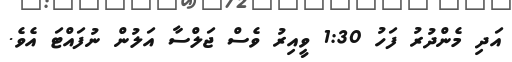
އަދި މެންދުރު ފަހު 1:30 ވީއިރު ވެސް ޖަލްސާ އަލުން ނުފައްޓަ އެވެ.